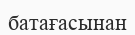
батағасынан